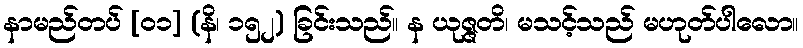
နာမည်တပ် [၀၁] (နိ၊ ၁၅၂) ခြင်းသည်။ န ယုဇ္ဇတိ၊ မသင့်သည် မဟုတ်ပါလော။